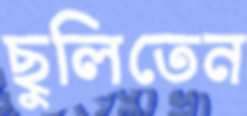
ছুলিতেন